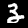
Digit: 3